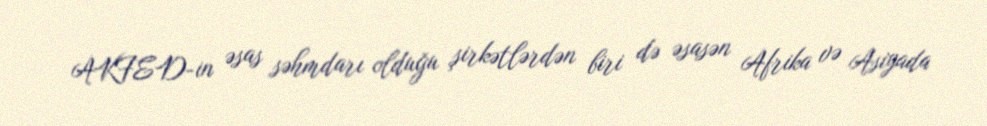
AKFED-in əsas səhmdarı olduğu şirkətlərdən biri də əsasən Afrika və Asiyada